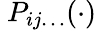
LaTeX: \ P_{ij\ldots}(\cdot)